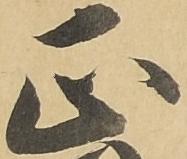
正